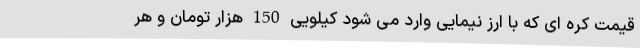
قیمت کره ای که با ارز نیمایی وارد می شود کیلویی 150 هزار تومان و هر